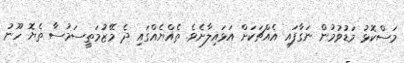
މަސްކޮޅު މަޑުވުމުން ނަގާފައި އެއްޗަކަށް އަޅައިލާށެވެ. ތެއްޔެއްގައި ދެ މޭޒުމަތީސަމުސާ ތެޔޮ ހޫނު